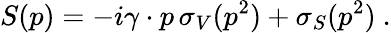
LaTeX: S(p)=-i\gamma\cdot p\, \sigma_{V}(p^{2})+\sigma_{S}(p^{2})~.